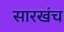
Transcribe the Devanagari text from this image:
सारखंच